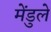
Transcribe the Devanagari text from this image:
मेंडुले